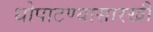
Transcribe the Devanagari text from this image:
धोपाटण्यासारखी